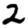
Digit: 2